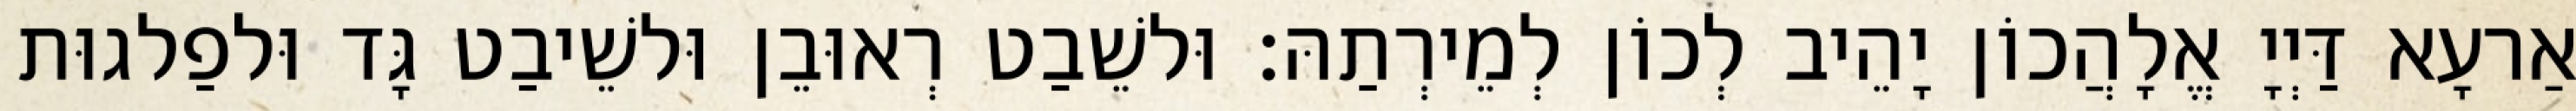
אַרעָא דַּיְיָ אֱלָהֲכוֹן יָהֵיב לְכוֹן לְמֵירְתַהּ׃ וּלשֵׁבַט רְאוּבֵן וּלשֵׁיבַט גָּד וּלפַלגוּת